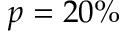
p = 2 0 \%